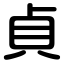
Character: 貞